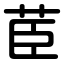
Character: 茞